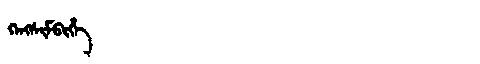
Manchu: ᡴᡝᠩᠰᡳᠮᠪᡳᡥᡝ
Romanization: KENGSIMBIHE